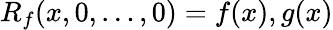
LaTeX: \begin{array}{r}{R_{f}(x,0,\ldots,0)=f(x),g(x)}\end{array}